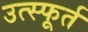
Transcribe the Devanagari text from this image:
उत्‍स्फूर्त